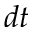
d t